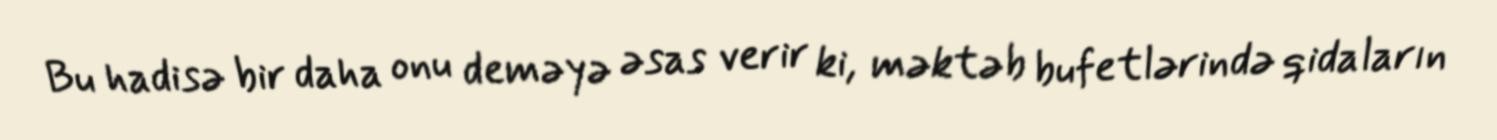
Bu hadisə bir daha onu deməyə əsas verir ki, məktəb bufetlərində qidaların